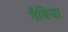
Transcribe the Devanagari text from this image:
गैबिया